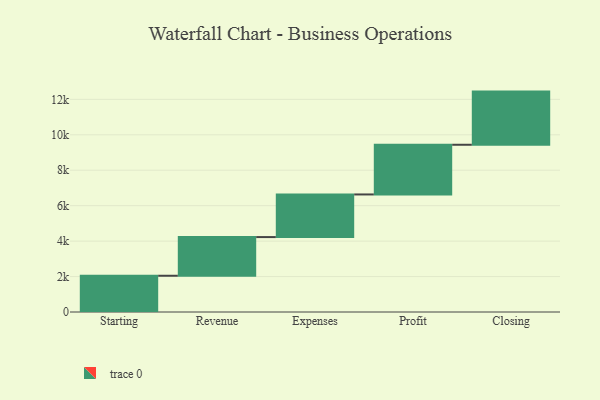
{"axis": {"x": "Step", "y": "Value"}, "legend": [""], "data": [{"x": "Starting", "y": 2046.0, "type": ""}, {"x": "Revenue", "y": 2182.0, "type": ""}, {"x": "Expenses", "y": 2406.0, "type": ""}, {"x": "Profit", "y": 2804.0, "type": ""}, {"x": "Closing", "y": 3000, "type": ""}]}